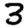
Digit: 3